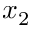
x _ { 2 }